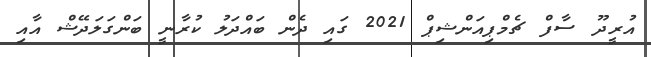
އުރީދޫ ސާފް ޗެމްޕިއަންޝިޕް 2021 ގައި ދެން ބައްދަލު ކުރާނީ ބަންގަލަދޭޝް އާއި